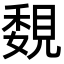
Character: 覣